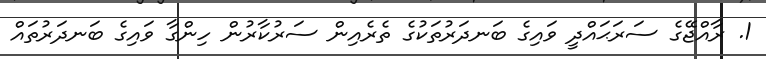
1. ރާއްޖޭގެ ސަރަޙައްދީ ވައިގެ ބަނދަރުތަކުގެ ތެރެއިން ސަރުކާރުން ހިންގާ ވައިގެ ބަނދަރުތައް